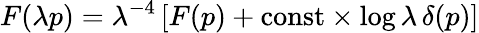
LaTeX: F(\lambda p)=\lambda^{-4}\left[F(p)+\mathrm{const}\times\log\lambda\, \delta(p)\right]